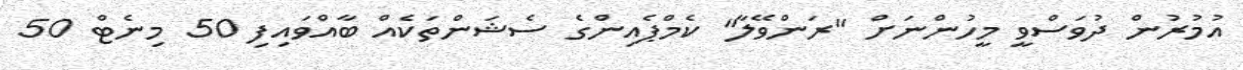
އުމުރުން ދުވަސްވީ މީހުންނަށް "ރަންވޭލާ" ކެމްޕެއިންގެ ސެޝަންތަކެއް ބާއްވައިފި 50 މިނެޓް 50